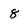
Character: 8